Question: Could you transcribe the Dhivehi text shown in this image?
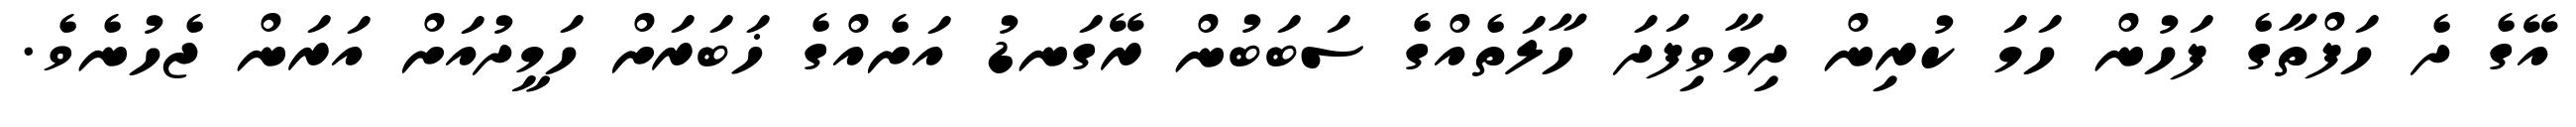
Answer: އޭގެ ދެ ހަފްތާގެ ފަހުން ހަމަ ކުރިން ދިމާވިފަދަ ހާލަތެއްގެ ސަބަބުން ރޭގަނޑު އަށެއްގެ ޚަބަރަށް ހަމީދުއަށް އަރަން ޖެހުނެވެ.